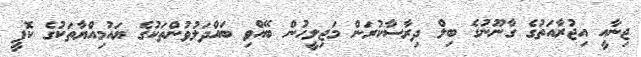
ޖިނާއީ އިޖުރާއަތުގެ ގާނޫނުގެ ބިލް ދިރާސާކުރަން މަޖިލީހުން ބޭއްވި ބައްދަލުވުންތަކުގެ ޔައުމިއްޔާތަކުގެ ކޮޕީ